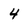
Character: 4